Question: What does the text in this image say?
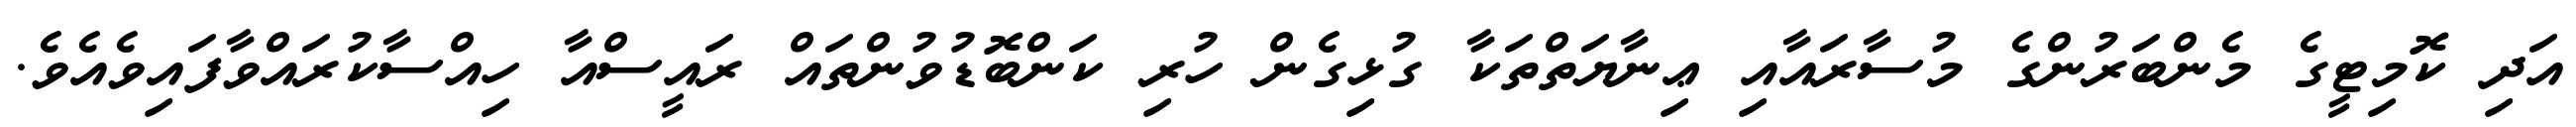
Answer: އަދި ކޮމިޓީގެ މެންބަރުންގެ މުސާރައާއި ޢިނާޔަތްތަކާ ގުޅިގެން ހުރި ކަންބޮޑުވުންތައް ރައީސްއާ ހިއްސާކުރައްވާފައިވެއެވެ.